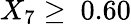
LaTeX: X_{7}\geq\ 0.60